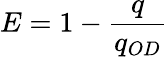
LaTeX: E=1-\frac{q}{q_{OD}}